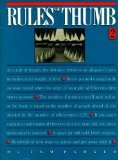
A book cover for Rules of Thumb 2; Tom Parker; Reference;